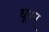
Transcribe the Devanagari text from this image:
धूपम्‌